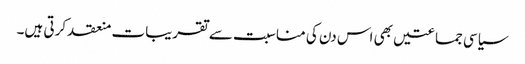
سیاسی جماعتیں بھی اس دن کی مناسبت سے تقریبات منعقد کرتی ہیں۔